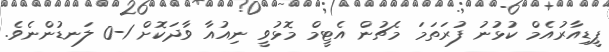
ޕީޑިއާރުއެމް ކުޅުނު ފުރަތަމަ މެޗުން އެޓީމް މޮޅުވީ ނިއުއާ ވާދަކޮށް 1-0 ލަނޑުންނެވެ.